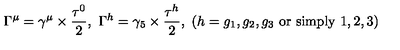
\Gamma ^ { \mu } = \gamma ^ { \mu } \times \frac { \tau ^ { 0 } } { 2 } , \ \Gamma ^ { h } = \gamma _ { 5 } \times \frac { \tau ^ { h } } { 2 } , \ ( h = g _ { 1 } , g _ { 2 } , g _ { 3 } \mathrm { \ o r \ s i m p l y \ } 1 , 2 , 3 )